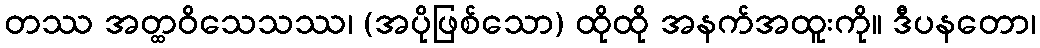
တဿ အတ္ထဝိသေသဿ၊ (အပိုဖြစ်သော) ထိုထို အနက်အထူးကို။ ဒီပနတော၊